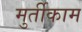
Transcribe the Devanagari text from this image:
मुर्तीकाम